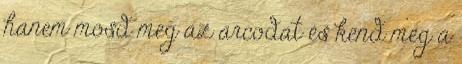
hanem mosd meg az arcodat és kend meg a